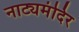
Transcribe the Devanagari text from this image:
नाट्यमंदिर